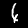
Label: 4